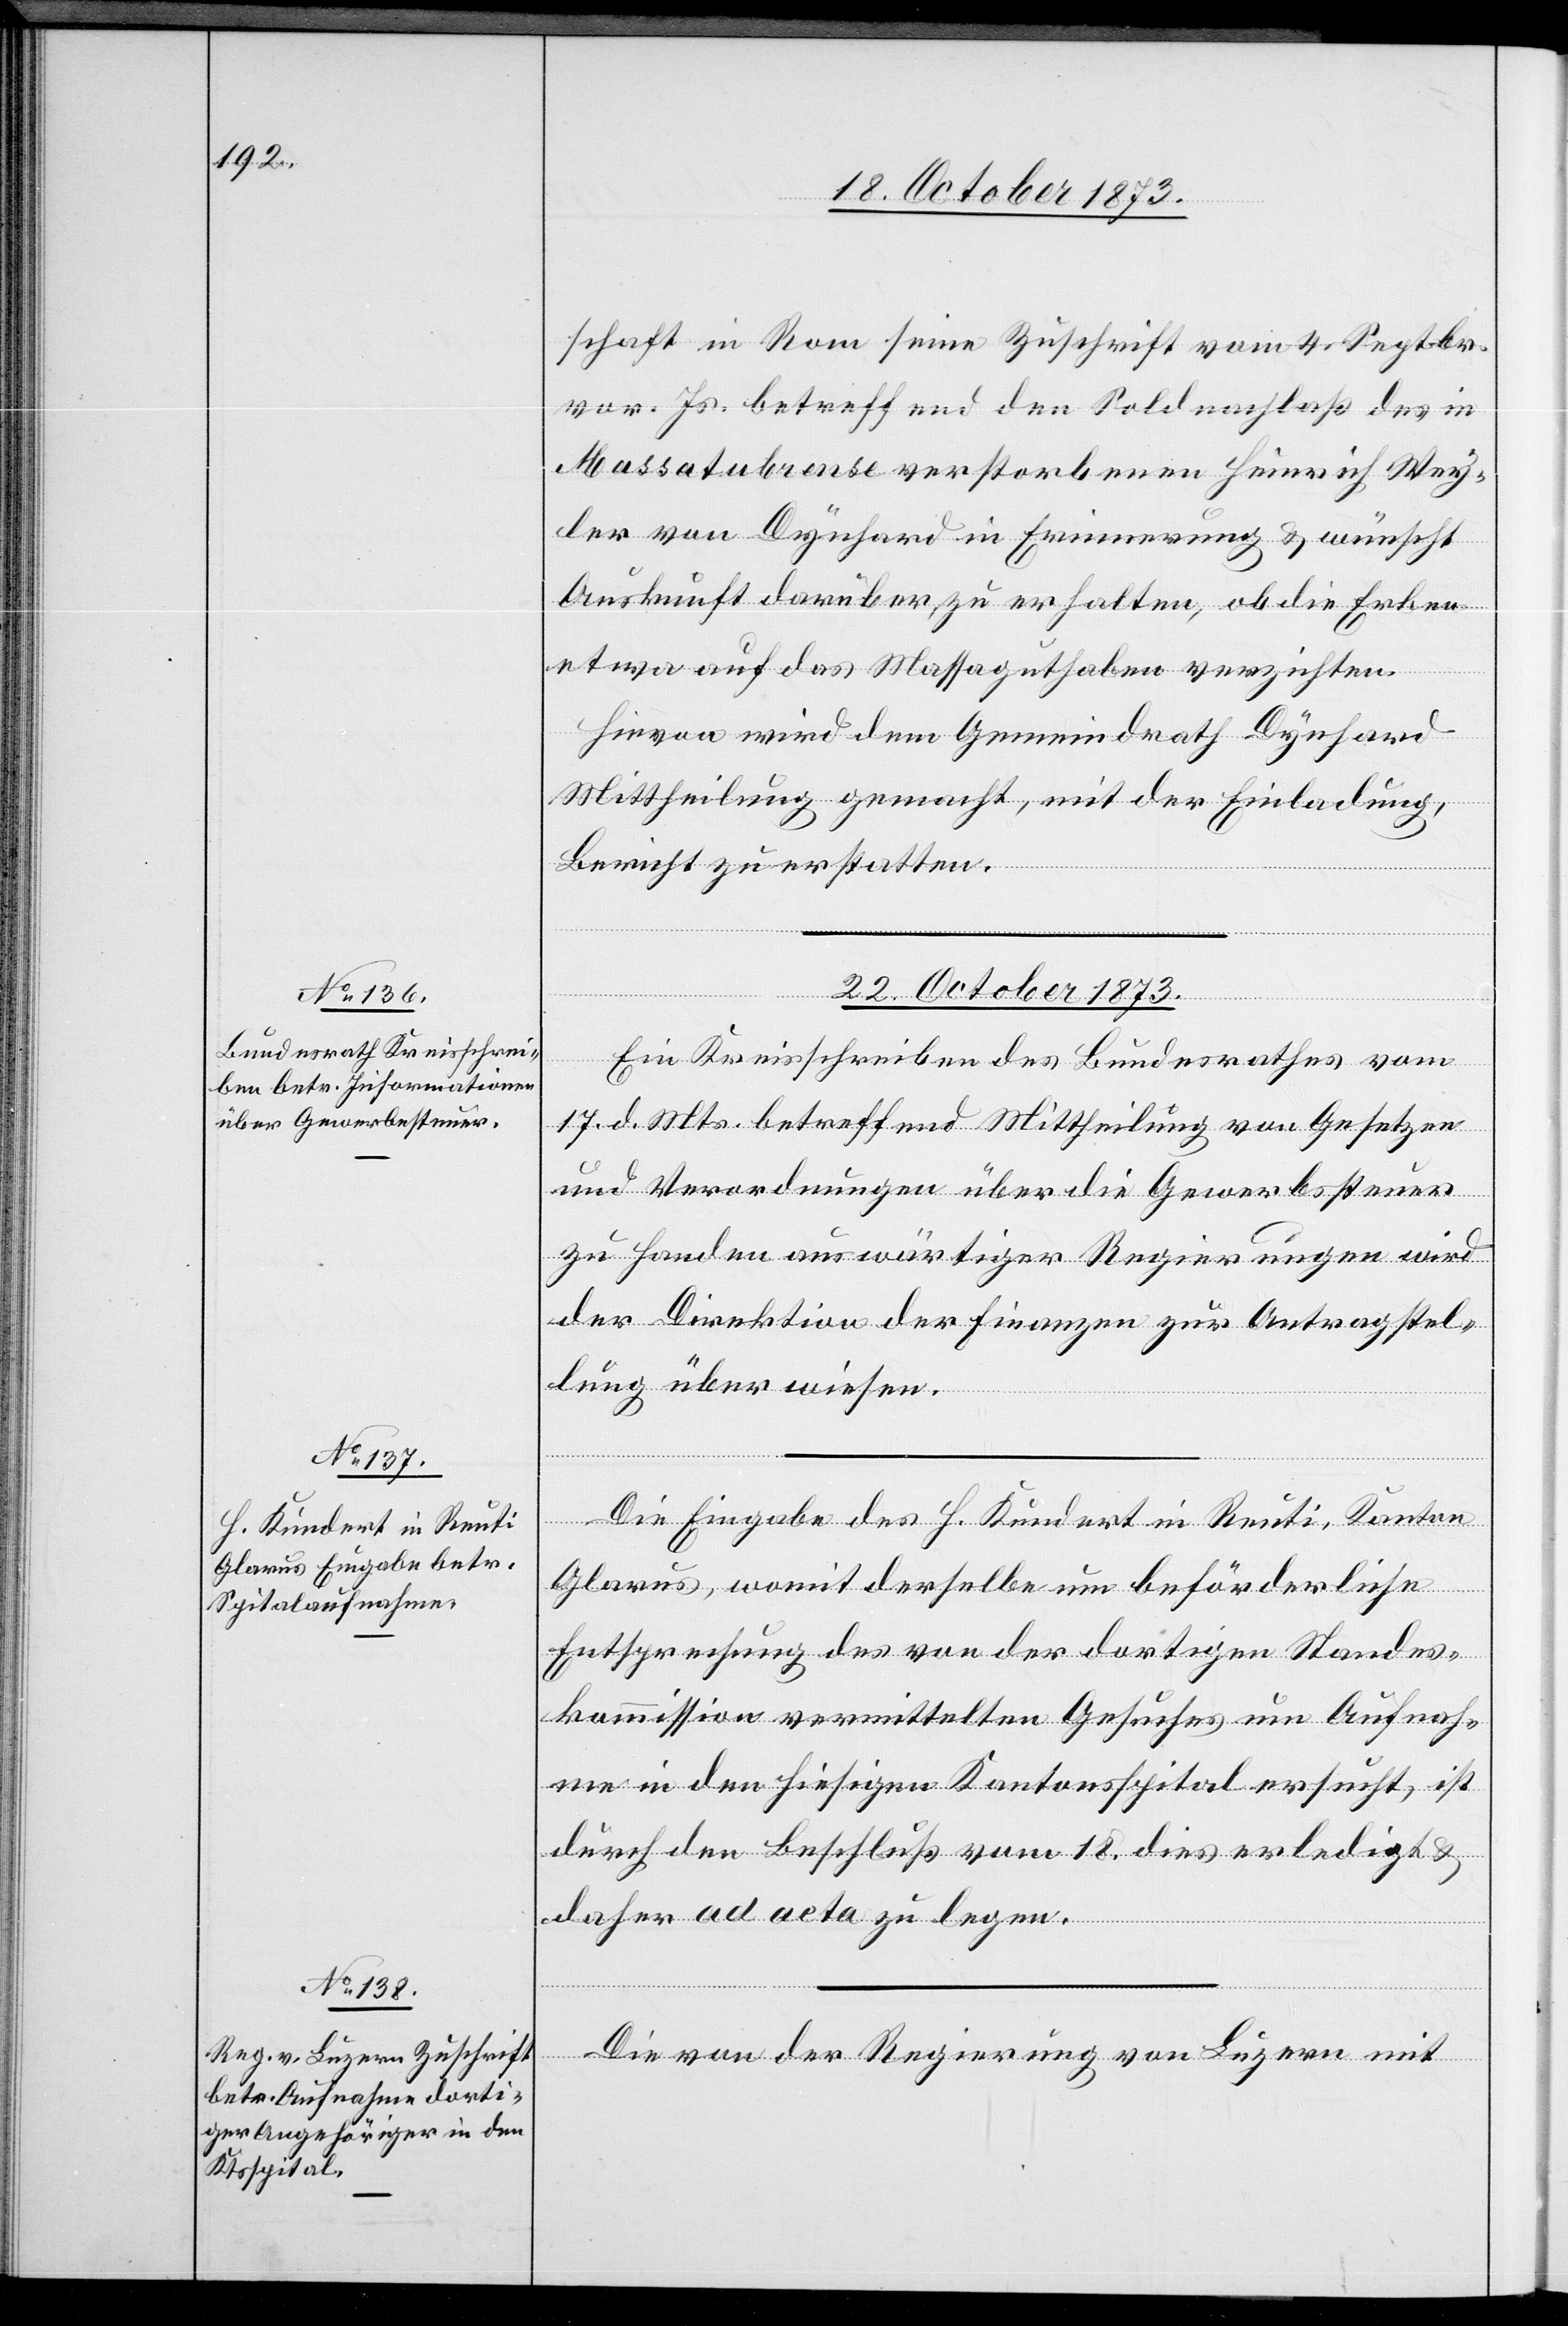
schaft in Rom seine Zuschrift vom 4. Septbr.
vor. Js. betreffend den Soldnachlaß des in
Massatubrense verstorbenen Heinrich Wey¬
ler von Dynhard in Erinnerung & wünscht
Auskunft darüber zu erhalten, ob die Erben
etwa auf das Massaguthaben verzichten.
Hievon wird dem Gemeindrath Dynhard
Mittheilung gemacht, mit der Einladung,
Bericht zu erstatten.
22. October 1873.]
Ein Kreisschreiben des Bundesrathes vom
17. d. Mts. betreffend Mittheilung von Gesetzen
und Verordnungen über die Gewerbssteuer
zu Handen auswärtiger Regierungen wird
der Direktion der Finanzen zur Antragstel¬
lung überwiesen.
Die Eingabe des H. Kundert in Reuti, Kanton
Glarus, womit derselbe um beförderliche
Entsprechung des von der dortigen Standes¬
kommission vermittelten Gesuches um Aufnah¬
me in den hiesigen Kantonsspital ersucht, ist
durch den Beschluß vom 18. dies erledigt &
daher ad acta zu legen.
Die von der Regierung von Luzern mit